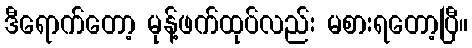
ဒီရောက်တော့ မုန့်ဖက်ထုပ်လည်း မစားရတော့ပြီ။